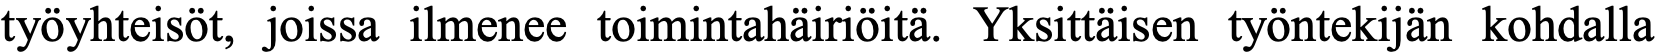
työyhteisöt, joissa ilmenee toimintahäiriöitä. Yksittäisen työntekijän kohdalla